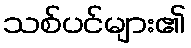
သစ်ပင်များ၏